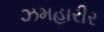
ઝમહારીર